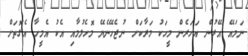
ނަމައޭ އޭރުން އަހަރެން މީހަކު މަރާކަށް ނުޖެހޭނެޔޭ މޮހެލުމާއި އެކު އެމީހާ އެގޮތަށް